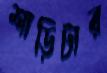
শাড়িটার